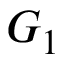
G _ { 1 }